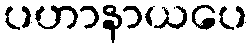
ပဟာနာယပေ